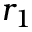
r _ { 1 }